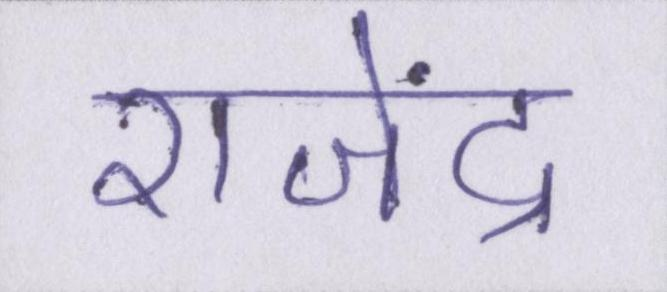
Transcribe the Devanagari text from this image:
राजेंद्र